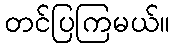
တင်ပြကြမယ်။